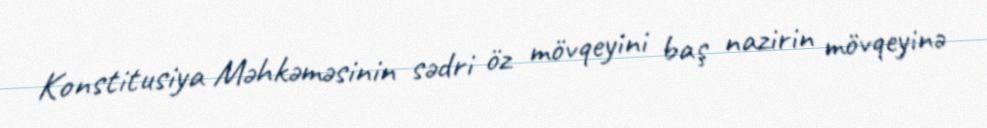
Konstitusiya Məhkəməsinin sədri öz mövqeyini baş nazirin mövqeyinə